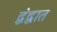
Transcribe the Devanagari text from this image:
द्वंद्वात